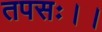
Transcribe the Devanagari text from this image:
तपसः।।